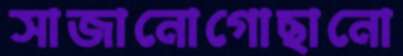
সাজানোগোছানো